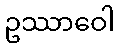
ဥဿာဝေါ